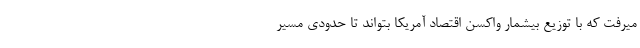
میرفت که با توزیع بیشمار واکسن اقتصاد آمریکا بتواند تا حدودی مسیر